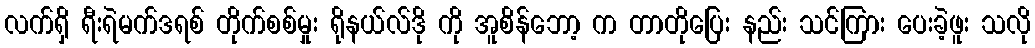
လက်ရှိ ရီးရဲမက်ဒရစ် တိုက်စစ်မှုး ရိုနယ်လ်ဒို ကို အူစိန်ဘော့ က တာတိုပြေး နည်း သင်ကြား ပေးခဲ့ဖူး သလို